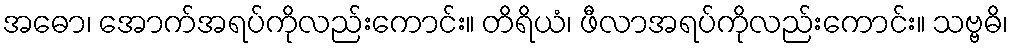
အဓော၊ အောက်အရပ်ကိုလည်းကောင်း။ တိရိယံ၊ ဖီလာအရပ်ကိုလည်းကောင်း။ သဗ္ဗဓိ၊